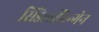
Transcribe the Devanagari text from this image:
सिंडेलफिन्गेन